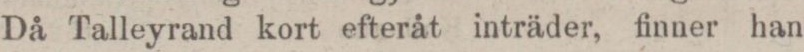
Då Talleyrand kort efteråt inträder, finner han